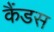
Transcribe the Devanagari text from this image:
कैंडस